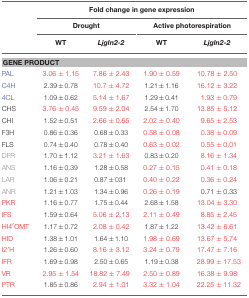
<table><thead><tr><td>[EMPTY_CELL]</td><td colspan="4"><b>Fold change in gene expression</b></td></tr><tr><td>[EMPTY_CELL]</td><td colspan="2"><b>Drought</b></td><td colspan="2"><b>Active photorespiration</b></td></tr><tr><td>[EMPTY_CELL]</td><td><b>WT</b></td><td><b><i>Ljgln2-2</i></b></td><td><b>WT</b></td><td><b><i>Ljgln2-2</i></b></td></tr></thead><tbody><tr><td colspan="5"><b>GENE PRODUCT</b></td></tr><tr><td>PAL</td><td>3.06 ± 1.15</td><td>7.86 ± 2.43</td><td>1.90 ± 0.59</td><td>10.78 ± 2.50</td></tr><tr><td>C4H</td><td>2.39±0.78</td><td>10.7 ± 4.72</td><td>1.21±1.16</td><td>16.12 ± 3.22</td></tr><tr><td>4CL</td><td>1.09±0.62</td><td>5.14 ± 1.67</td><td>1.29±0.41</td><td>1.93 ± 0.79</td></tr><tr><td>CHS</td><td>3.76 ± 0.45</td><td>9.59 ± 2.04</td><td>2.54±1.70</td><td>13.85 ± 5.12</td></tr><tr><td>CHI</td><td>1.52±0.51</td><td>2.66 ± 0.65</td><td>2.02 ± 0.40</td><td>9.65 ± 2.53</td></tr><tr><td>F3H</td><td>0.86±0.36</td><td>0.68±0.33</td><td>0.58 ± 0.08</td><td>0.38 ± 0.09</td></tr><tr><td>FLS</td><td>0.74±0.40</td><td>0.78±0.40</td><td>0.63 ± 0.02</td><td>0.55 ± 0.01</td></tr><tr><td>DFR</td><td>1.70±1.12</td><td>3.21 ± 1.63</td><td>0.83±0.20</td><td>8.16 ± 1.34</td></tr><tr><td>ANS</td><td>1.16±0.39</td><td>1.28±0.58</td><td>0.27 ± 0.15</td><td>0.41 ± 0.18</td></tr><tr><td>LAR</td><td>1.06±0.21</td><td>0.87±031</td><td>0.40 ± 0.22</td><td>0.36 ± 0.24</td></tr><tr><td>ANR</td><td>1.21±1.03</td><td>1.34±0.96</td><td>0.26 ± 0.19</td><td>0.71 ± 0.33</td></tr><tr><td>PKR</td><td>1.16±0.77</td><td>1.75±0.44</td><td>2.68±1.58</td><td>13.04 ± 3.30</td></tr><tr><td>IFS</td><td>1.59±0.64</td><td>5.06 ± 2.13</td><td>2.11 ± 0.49</td><td>8.85 ± 2.45</td></tr><tr><td>HI4′OMT</td><td>1.17±0.72</td><td>2.08 ± 0.42</td><td>1.87±1.22</td><td>13.42 ± 6.61</td></tr><tr><td>HID</td><td>1.38±1.01</td><td>1.64±1.10</td><td>1.98 ± 0.69</td><td>13.67 ± 5.74</td></tr><tr><td>I2′H</td><td>1.26±0.60</td><td>8.16 ± 3.12</td><td>3.24 ± 0.79</td><td>17.47 ± 7.16</td></tr><tr><td>IFR</td><td>1.69±0.98</td><td>2.50±0.65</td><td>1.19±0.38</td><td>28.99 ± 17.53</td></tr><tr><td>VR</td><td>2.95 ± 1.54</td><td>18.82 ± 7.49</td><td>2.50 ± 0.89</td><td>16.38 ± 9.98</td></tr><tr><td>PTR</td><td>1.85±0.86</td><td>2.94 ± 1.01</td><td>3.32 ± 1.04</td><td>22.25 ± 11.32</td></tr></tbody></table>